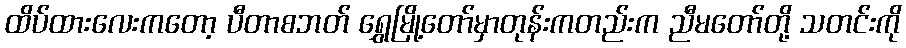
ထိပ်ထားလေးကတော့ ပီတာစဘတ် ရွှေမြို့တော်မှာတုန်းကတည်းက ညီမတော်တို့ သတင်းကို